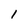
Character: I